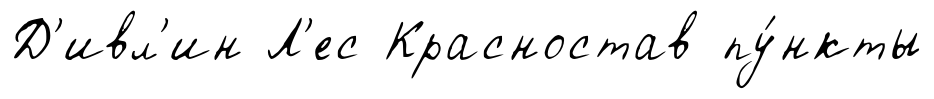
Д'ивл'ин Л'ес Красностав пу́нкты